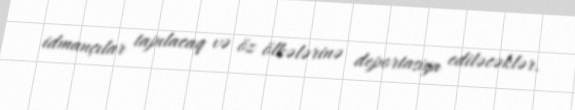
idmançılar tapılacaq və öz ölkələrinə deportasiya ediləcəklər.